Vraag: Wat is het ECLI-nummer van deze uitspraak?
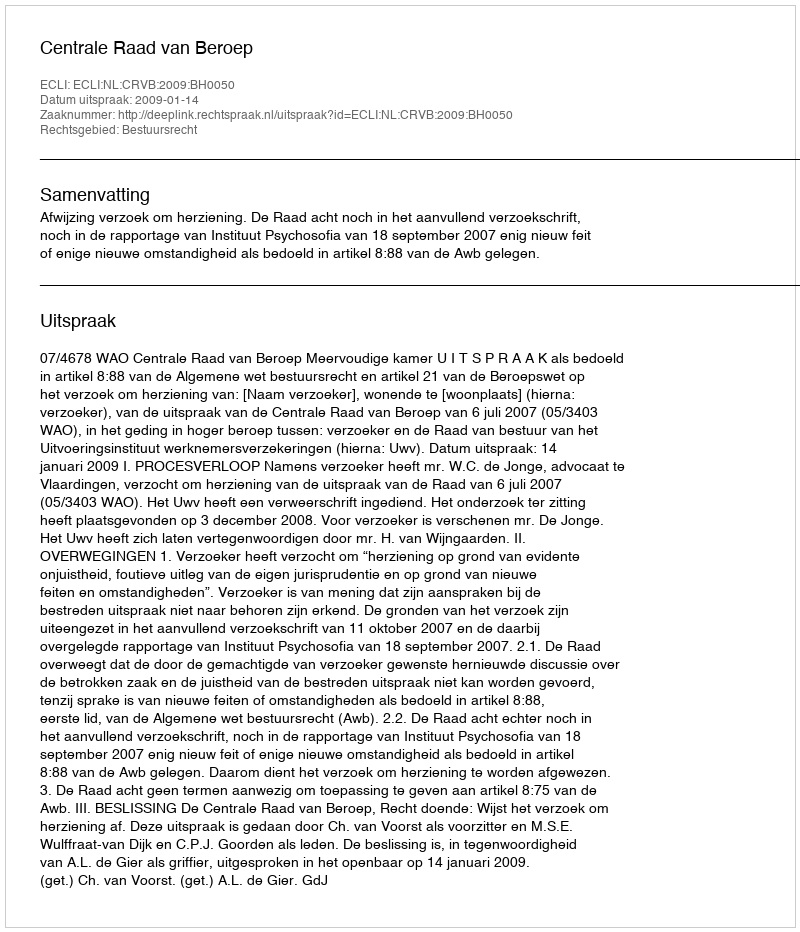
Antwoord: ECLI:NL:CRVB:2009:BH0050